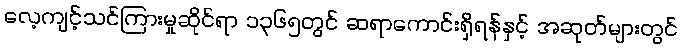
လေ့ကျင့်သင်ကြားမှုဆိုင်ရာ ၁၃၆၅တွင် ဆရာကောင်းရှိရန်နှင့် အဆုတ်များတွင်